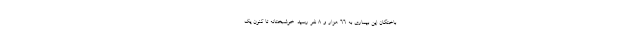
باختگان این بیماری به ۶۶ هزار و ۸ نفر رسید. خوشبختانه تا کنون یک